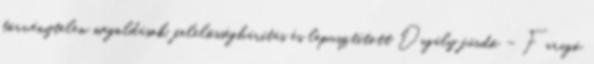
törvénytelen megoldások, felelősséghárítás és lepusztított Dagály fürdő – Faragó